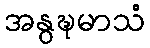
အနွဍ္ဎမာသံ